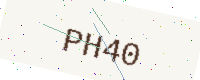
Text: PH40